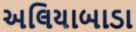
અલિયાબાડા